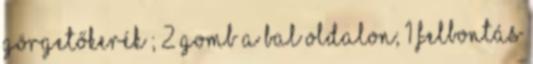
görgetőkerék ; 2 gomb a bal oldalon; 1 felbontás